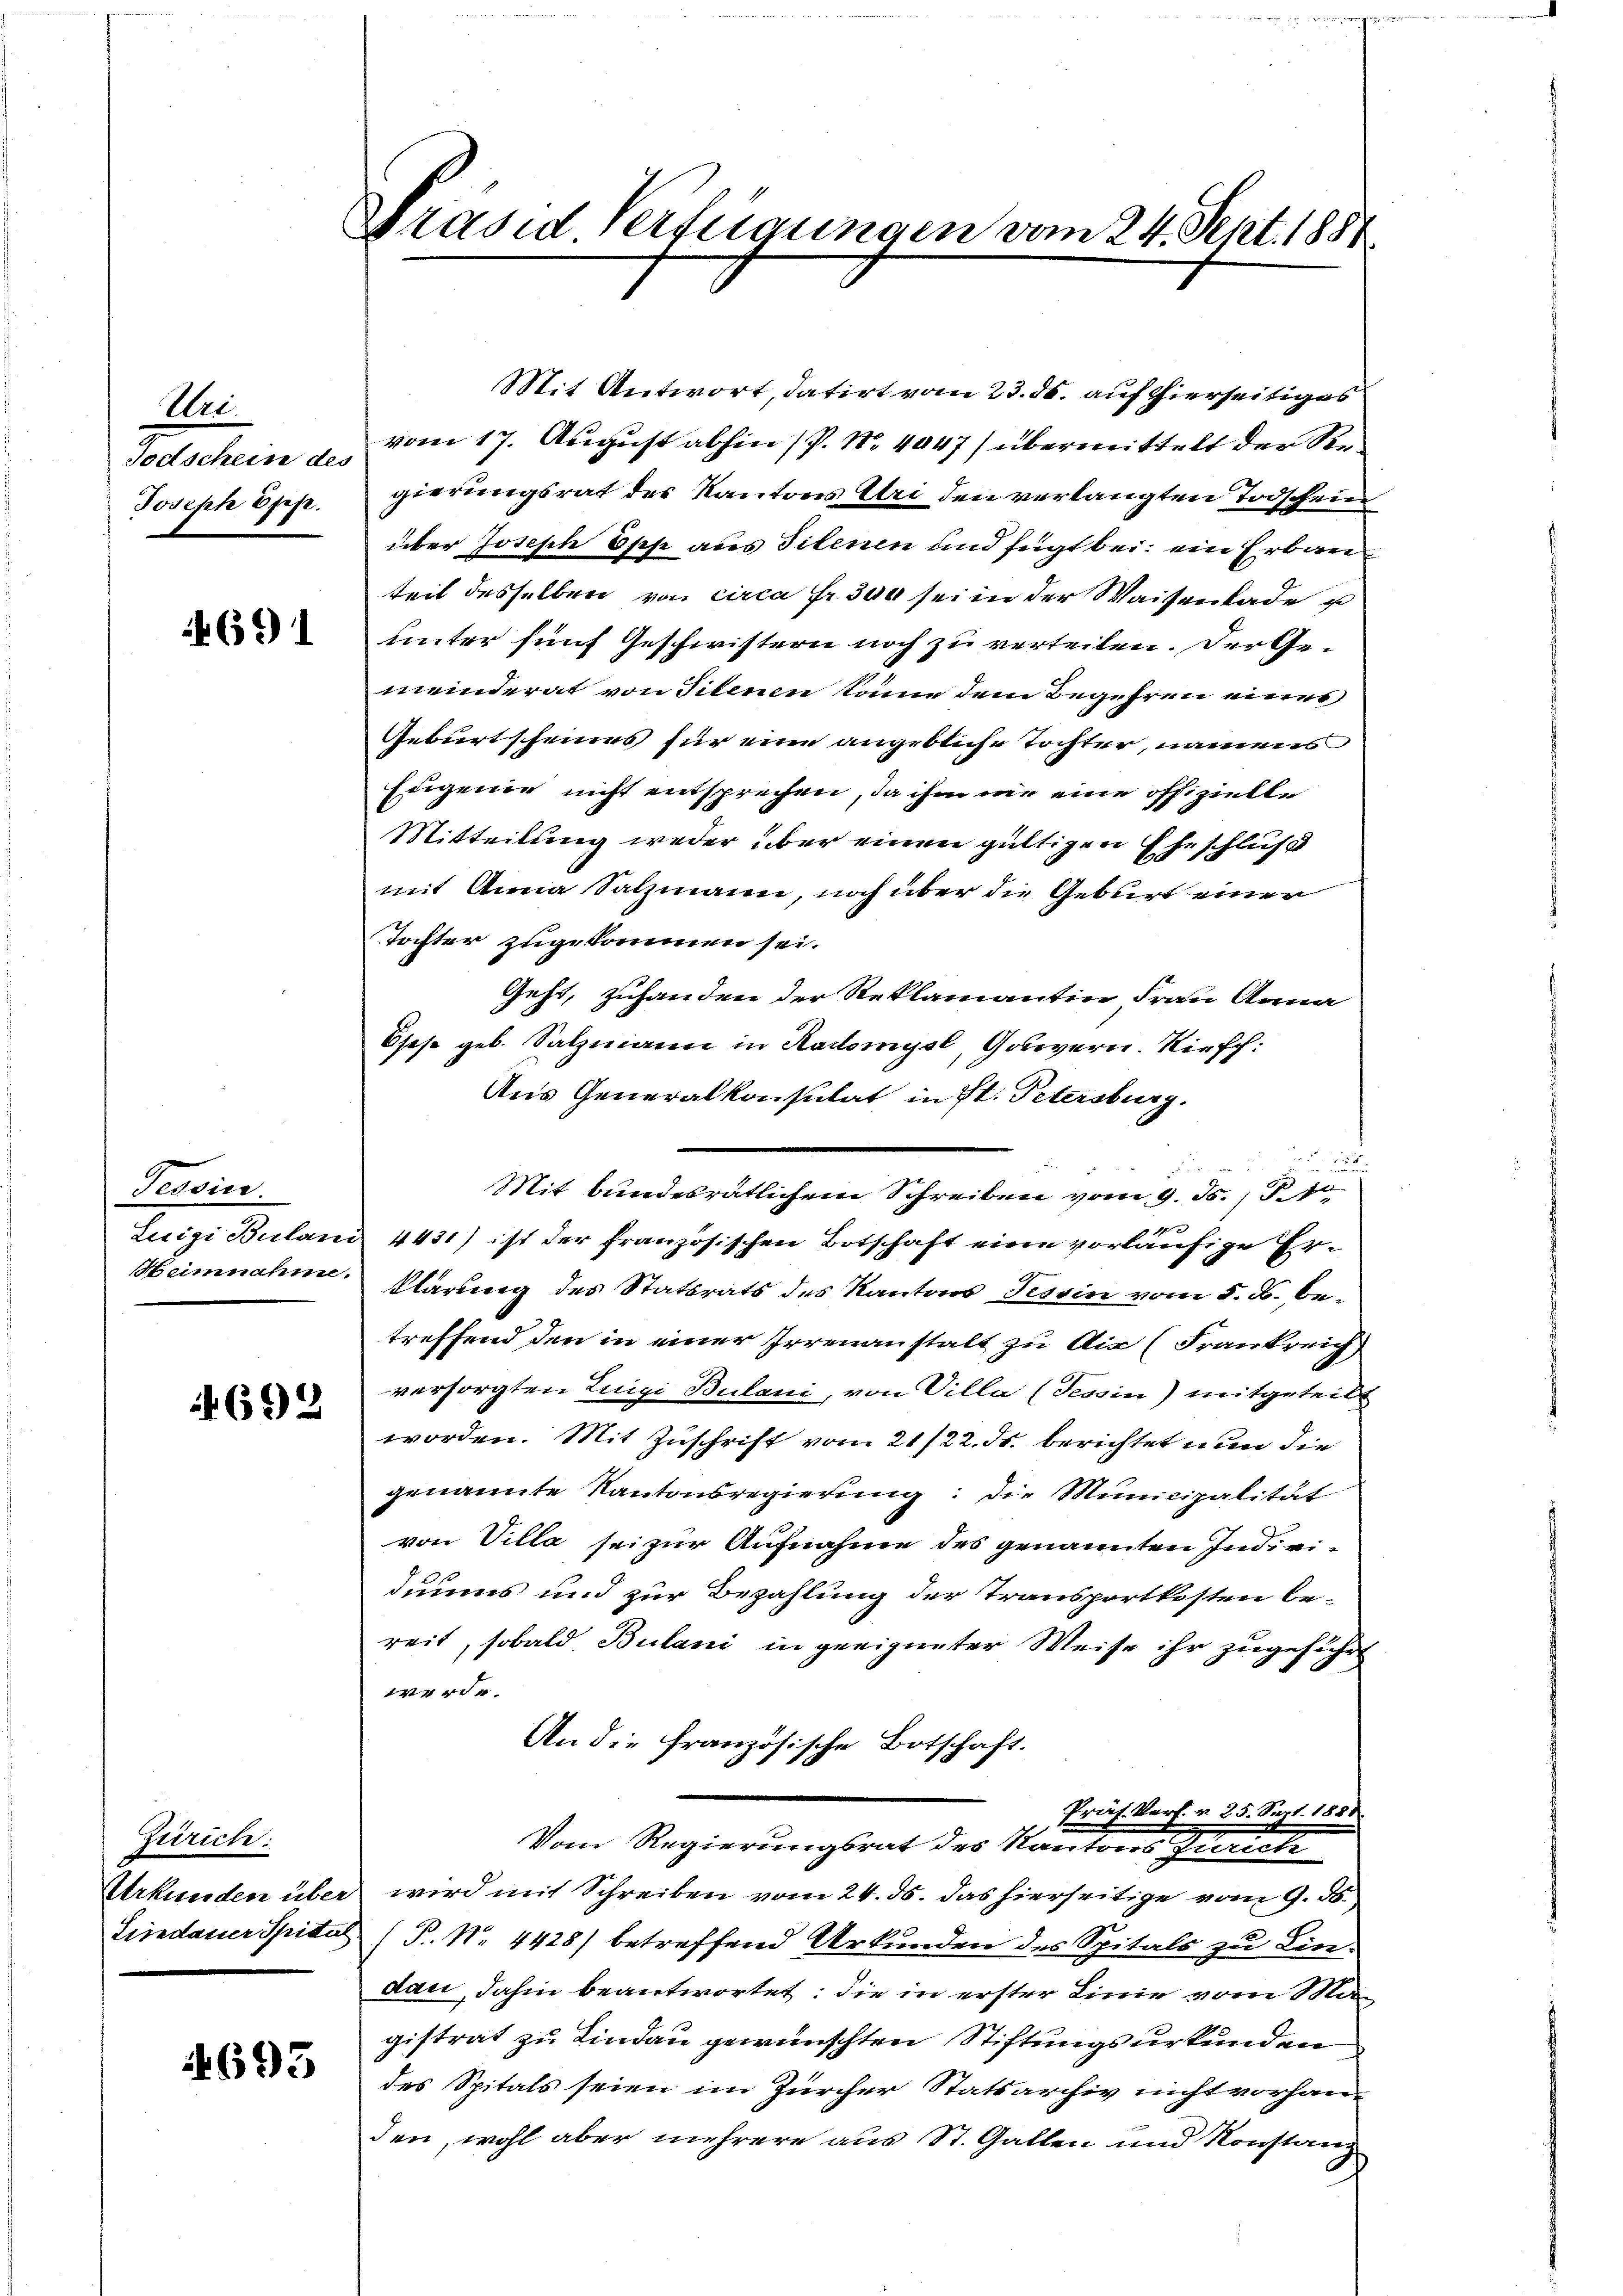
Uri.
Totschein der
Joseph Epp.

691

Tessin
Luigi Buland
Heinnahme.

692

Zürich:
Urkunden über
Lisedauer Spital

693

Präsid Verfügungen vom 24. Sept. 1881

Mit Antwort, datirt vom 23. ds. auf hierseitiges
vom 17. August abhin (P. Nr. 4047) übermittelt der Regierungsrat des Kantons Uri den verlangten Todschein
über Joseph Osehe aus Silenen und fügt bei ein Erbauteil desselben von circa Fr. 300 sei in der Waisenlade u
unter fünf Geschwistern noch zu verteilen. Der Gemeinderat von Filenen könne dem Begehren eines
Geburtscheines für eine angebliche Tochter, namens
Eigende nicht entsprechen, da ihm nie eine offizielle
Mitteilung weder über einen gültigen Eheschluß
mit Anna Salzmann, noch über die Geburt einer
Tochter zugekommen sei.
Geht, zuhanden der Reklamantin Frau Anna
ses geb. Salzmann in Radomysl, Gobevern. Kirsch:
Aus Generalkonsulat in St. Petersburg.
d
Mit bundesrätlichem Schreiben vom 9. ds. (T.1
4 x
4431) ist der französischen Botschaft eine vorläufige Erklärung des Statsrats des Kantons Tessin vom 5. d. betreffend den in einer Irrenanstalt zu die (Frankreich
versorgten Luigi Bulani, von Villa (Tessin) mitgeteilt
worden. Mit Zuschrift vom 21/22. ds. berichtet nun die
genannte Kantonsregierung: Die Municipalität
von Villa sei zur Aufnahme des genannten Individuums und zur Bezahlung der Transportkosten be-
reit, sobald Bulani in geeigneter Weise ihr zugeführt
erde.
An die französische Botschaft.
Präs. Verf. v. 25. Sept. 1888.
Vom Regierungsrat des Kantons Zürich
wird mit Schreiben vom 24. ds. das hierseitige vom 9. d.
P. Nr. 4428) betreffend Urkunden des Spitals zu Lindau, dahin beantwortet; die in erster Linie vom Magistrat zu Lindau gewünschten Stiftungsurkunden
des Spitals seien im Zürcher Statsarchiv nicht vorhan-
den, wohl aber mehrere aus St. Gallen und Konstanz